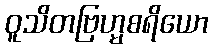
ဝူသိတဗြဟ္မစရိယော